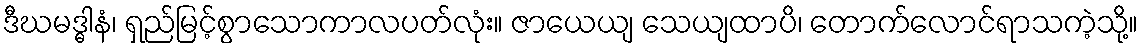
ဒီဃမဒ္ဓါနံ၊ ရှည်မြင့်စွာသောကာလပတ်လုံး။ ဇာယေယျ သေယျထာပိ၊ တောက်လောင်ရာသကဲ့သို့။